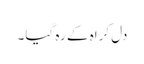
دل کراہ کے رہ گیا۔